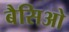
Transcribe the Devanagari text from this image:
बैसिओ